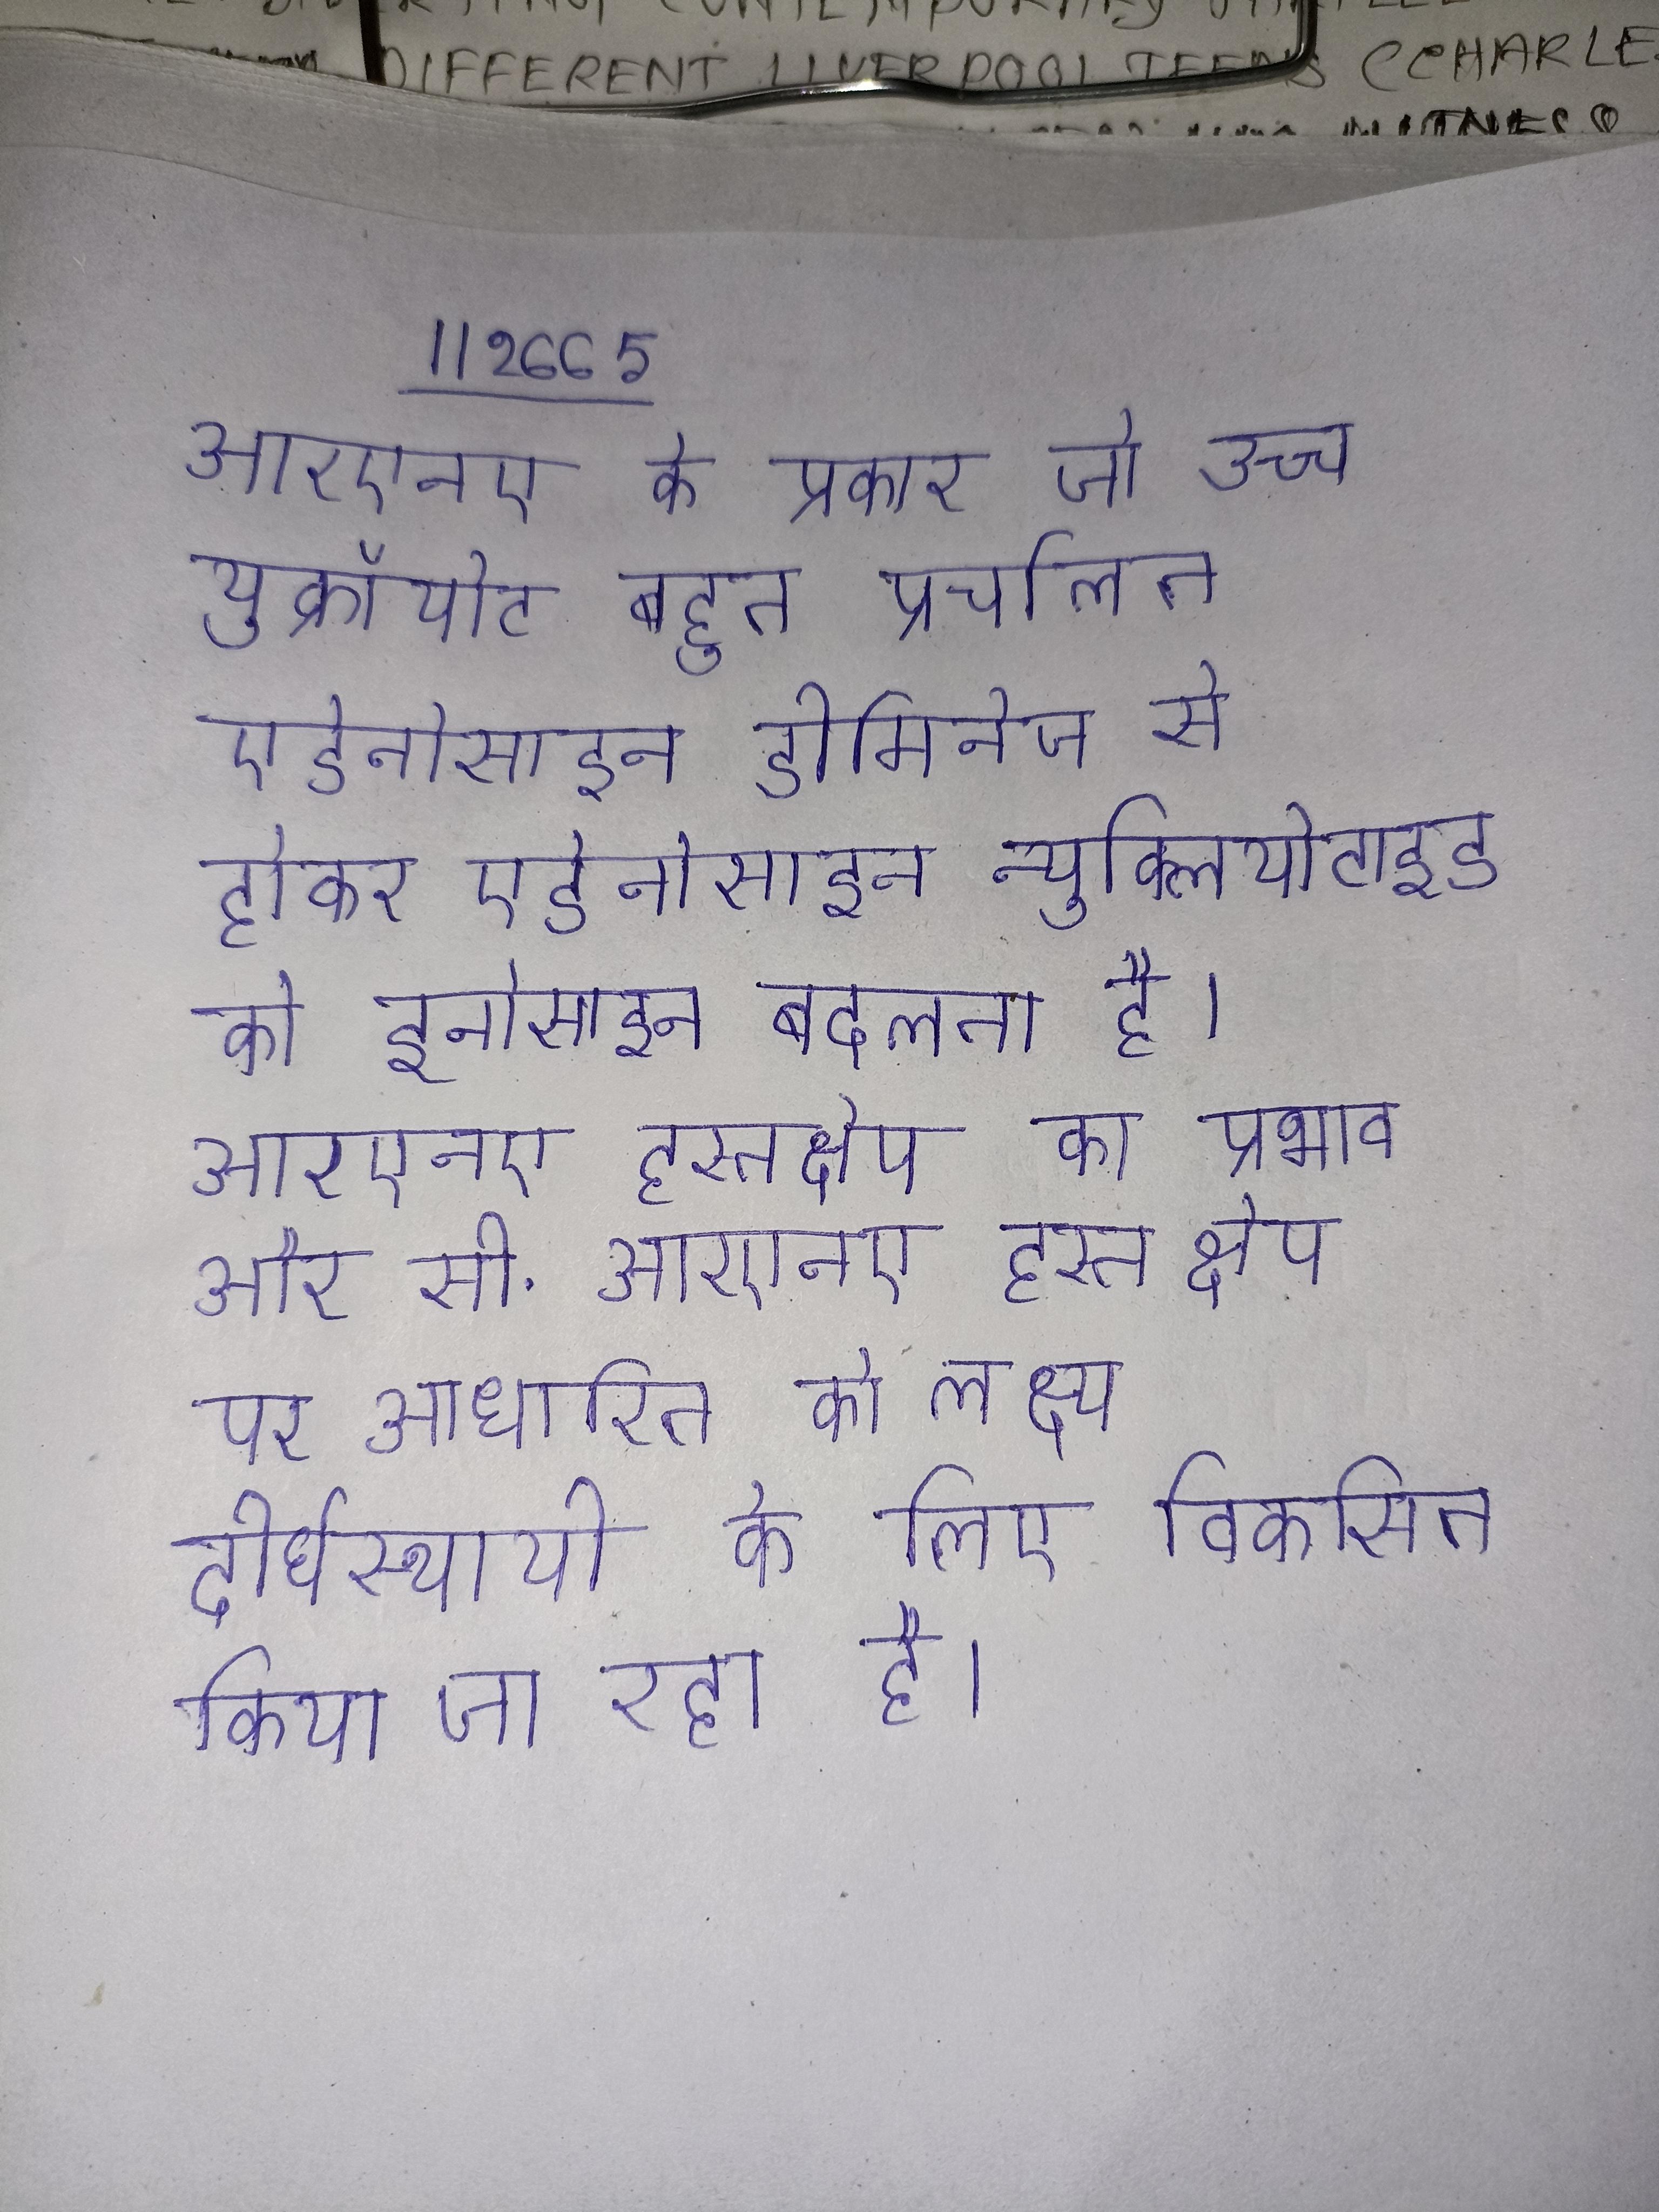
आरएनए के प्रकार जो उच्च युक्रॉयोट बहुत प्रचलित एडेनोसाइन डीमिनेज से होकर एडेनोसाइन न्युक्लियोटाइड को इनोसाइन बदलता है । आरएनए हस्तक्षेप का प्रभाव और सी . आरएनए हस्तक्षेप पर आधारित को लक्ष्य दीर्घस्थायी के लिए विकसित किया जा रहा है ।